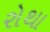
રોથા